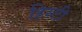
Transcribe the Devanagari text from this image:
हिस्टी